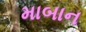
માબાન